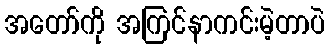
အတော်ကို အကြင်နာကင်းမဲ့တာပဲ